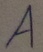
Text: A